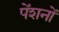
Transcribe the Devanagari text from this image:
पेंशनों